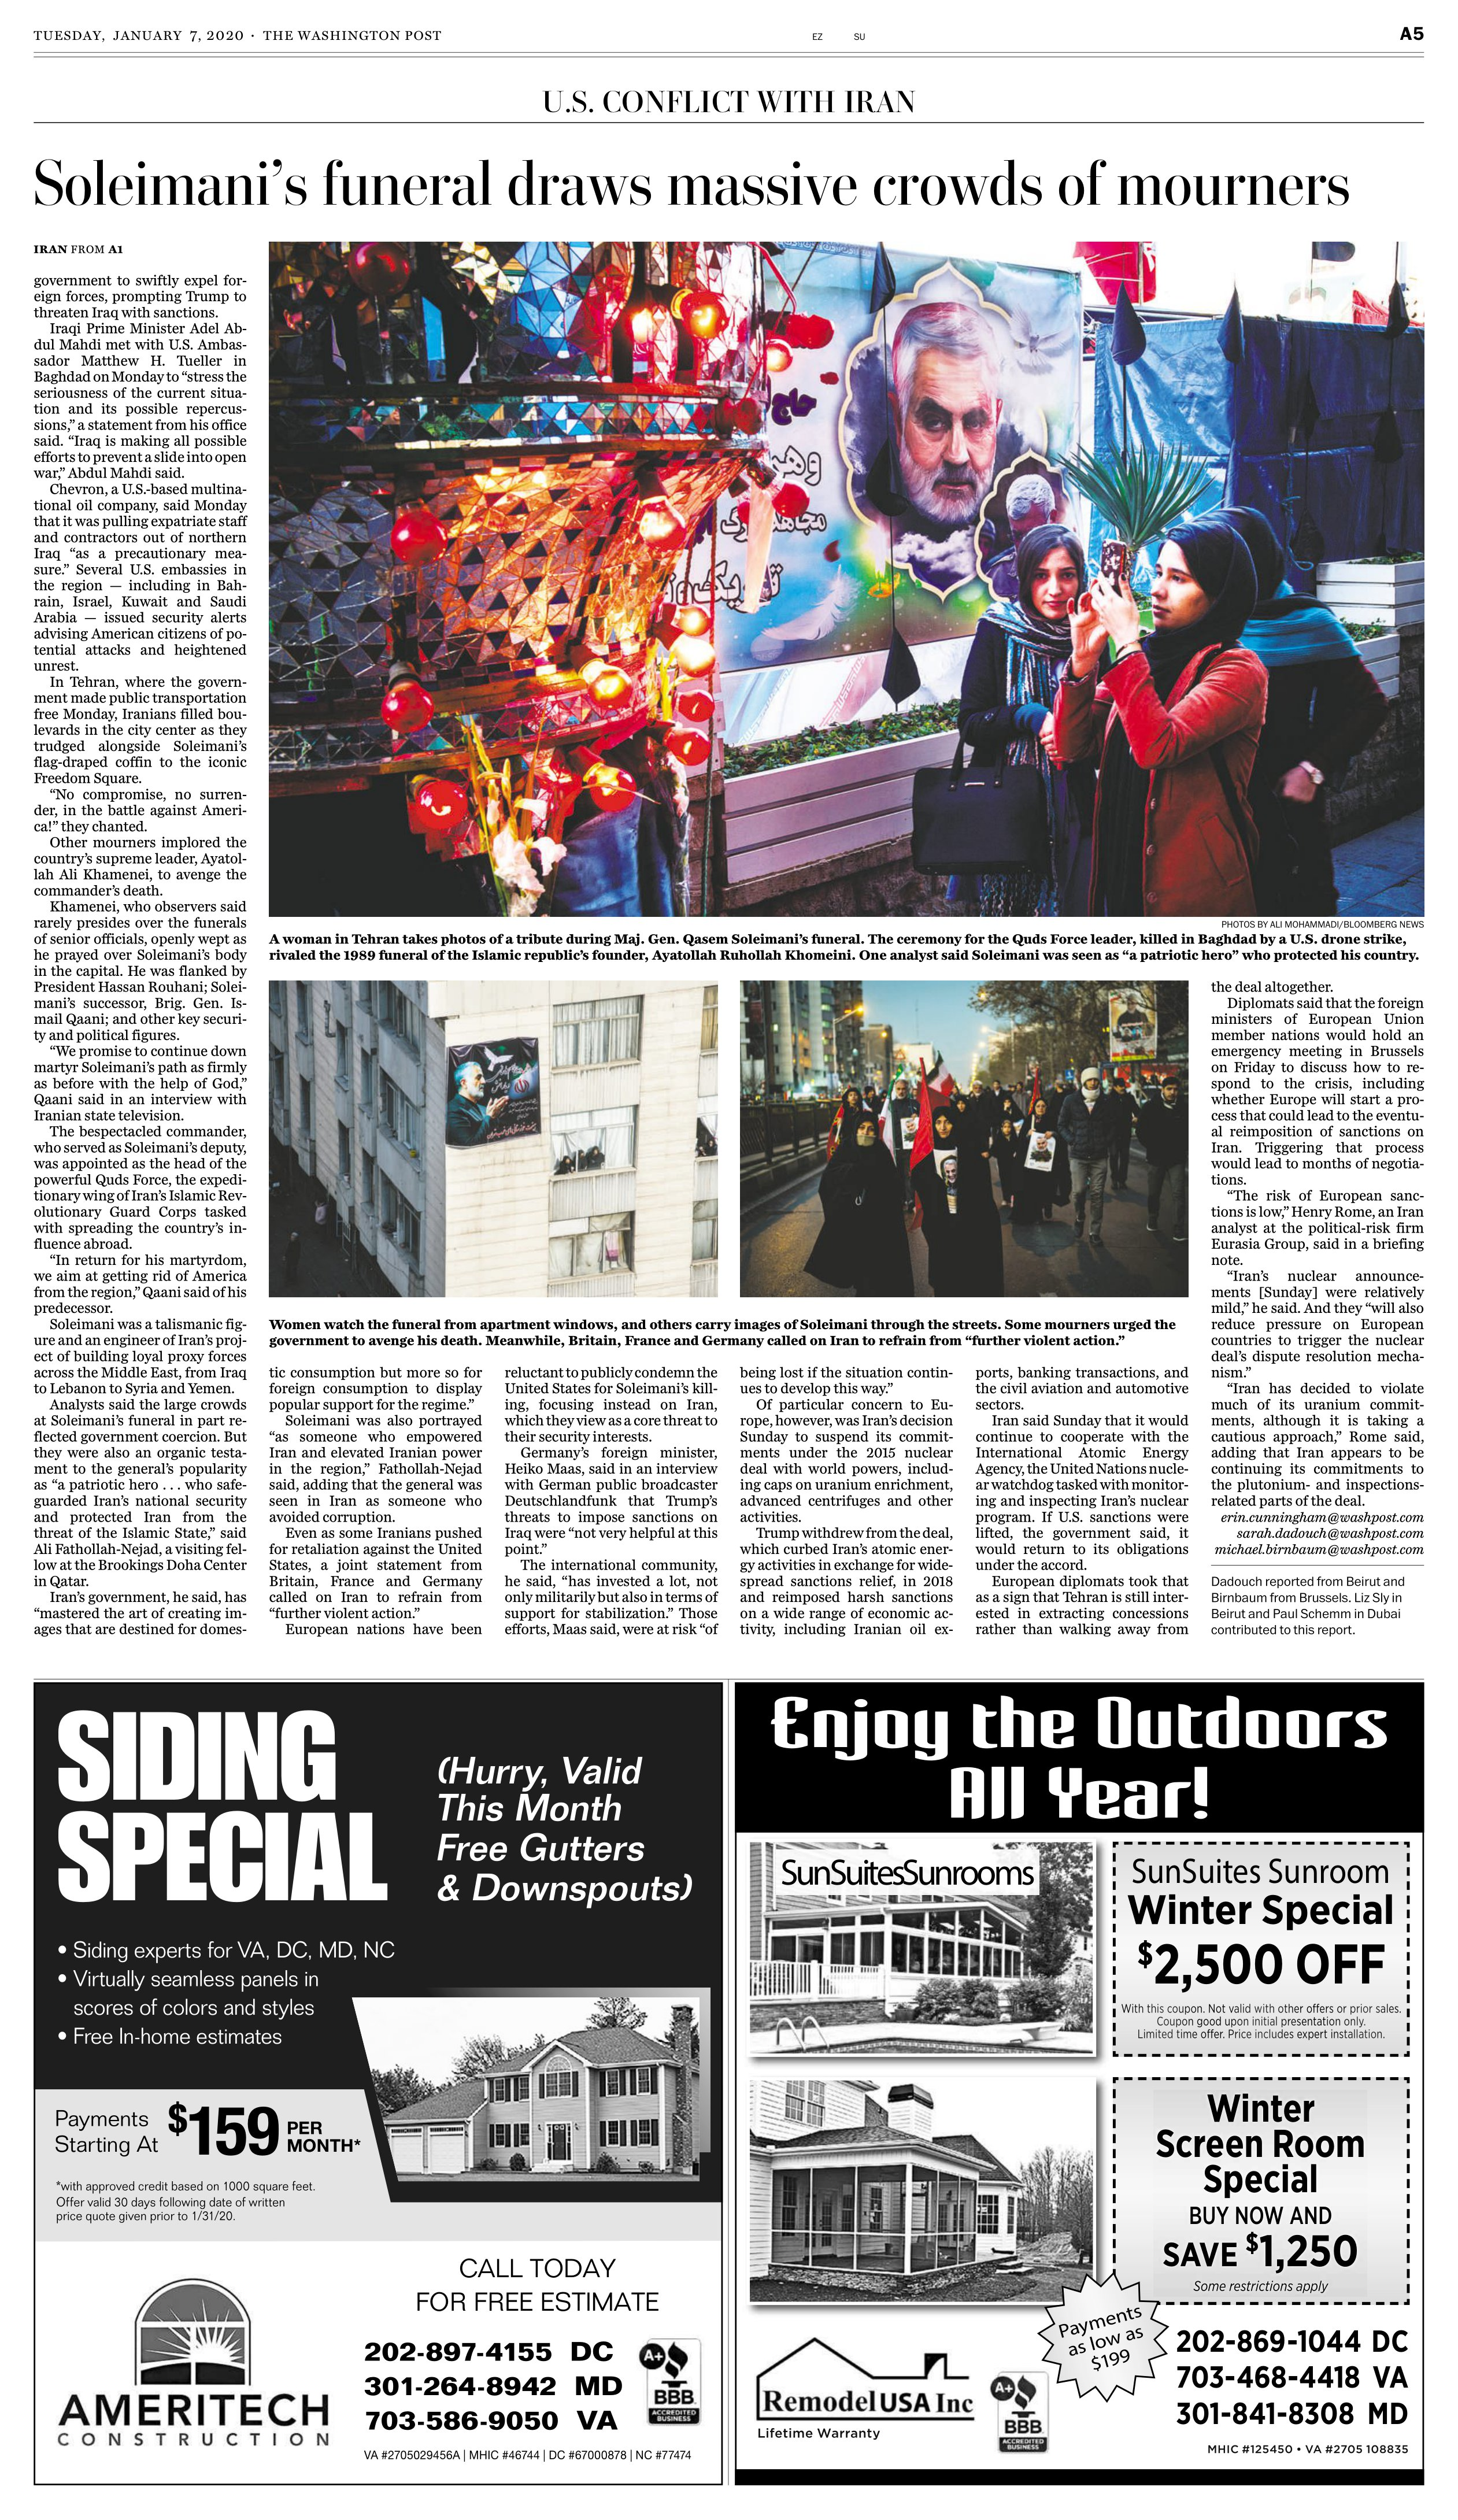
Language: en